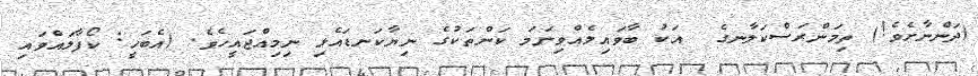
(ދަންނާށެވެ!) ތިމަންރަސްކަލާނގެ  އަކު ބާވައިލެއްވިނަމަ ކަންތަކުގެ ނިޔާކަނޑައެޅި ނިމިއްޖައީހެވެ. (އެބަހީ: ކޯފާލައްވައި